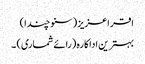
اقراعزیز (سنو چندا)
بہترین اداکارہ (رائے شماری) ۔